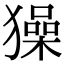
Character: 𤢖